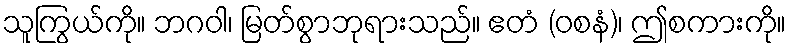
သူကြွယ်ကို။ ဘဂဝါ၊ မြတ်စွာဘုရားသည်။ ဧတံ (ဝစနံ)၊ ဤစကားကို။